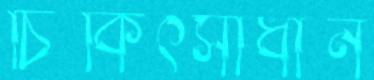
চিকিৎসাধীন